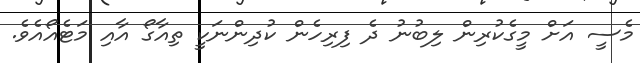
މެސީ އަށް މީގެކުރިން ލިބުނު ދެ ފިރިހެން ކުދިންނަކީ ތިއާގޯ އާއި މަޓެއޯއެވެ.